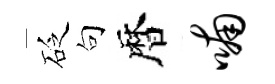
砭句暦喃